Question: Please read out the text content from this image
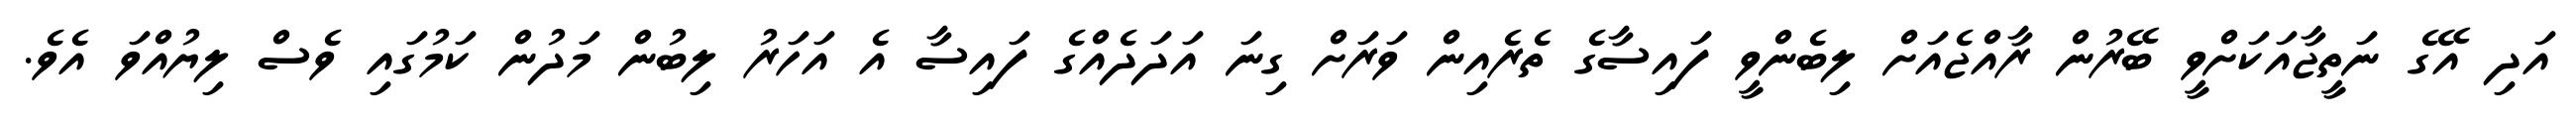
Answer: އަދި އޭގެ ނަތީޖާއަކަށްވީ ބޭރުން ރާއްޖެއަށް ލިބެންވީ ފައިސާގެ ތެރެއިން ވަރަށް ގިނަ އަދަދެއްގެ ފައިސާ އެ އަހަރު ލިބުން މަދުން ކަމުގައި ވެސް ލިޔުއްވަ އެވެ.